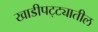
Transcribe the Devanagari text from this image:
खाडीपट्ट्यातील